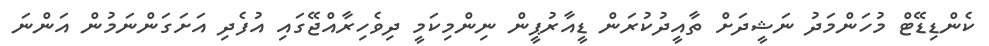
ކެންޑިޑޭޓް މުހަންމަދު ނަޝީދަށް ތާއީދުކުރަން ޑީއާރުޕީން ނިންމިކަމީ ދިވެހިރާއްޖޭގައި އުފެދި އަށަގަންނަމުން އަންނަ